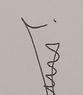
Signature authenticity: genuine